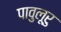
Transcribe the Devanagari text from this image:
पावुलूरु